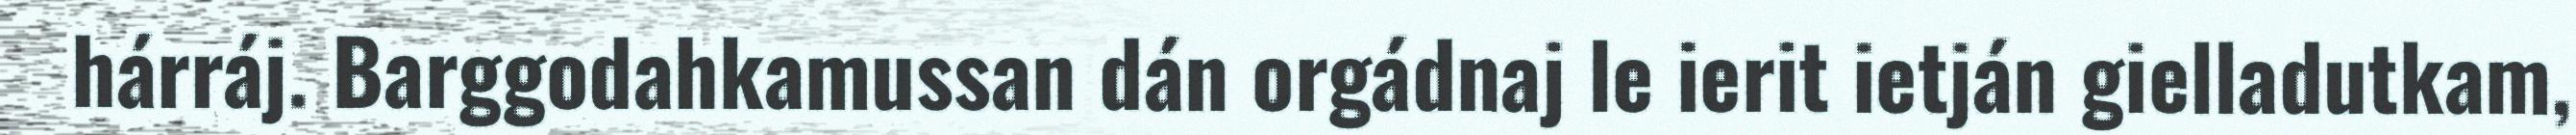
hárráj. Barggodahkamussan dán orgádnaj le ierit ietján gielladutkam,